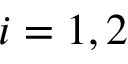
i = 1 , 2